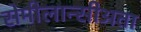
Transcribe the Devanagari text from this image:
सेमीलान्सीअता